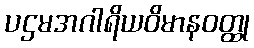
ပဌမအဂါရိယဝိမာနဝတ္ထု